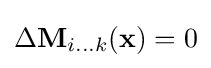
\Delta \mathbf {M} _{i...k}(\mathbf {x} )=0